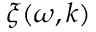
\xi ( \omega , \boldsymbol { k } )